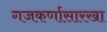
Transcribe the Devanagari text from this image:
गजकर्णासारखा